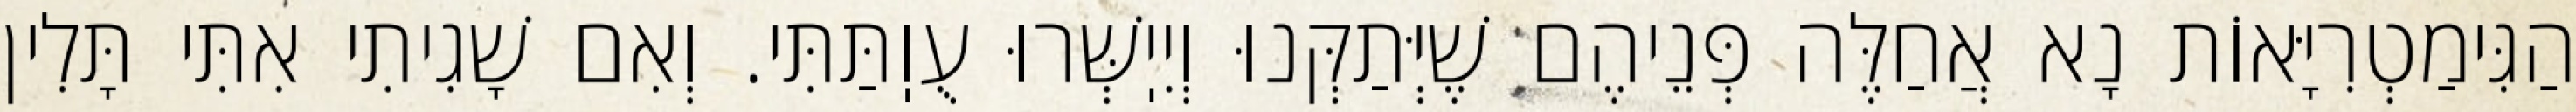
הַגִּימַטְרִיָּאוֹת נָא אֲחַלֶּה פְּנֵיהֶם שֶׁיְּתַקְּנוּ וְיִיֽשְּׁרוּ עֻוֽתַּתִּי. וְאִם שָׁגִיתִי אִתִּי תָּלִין